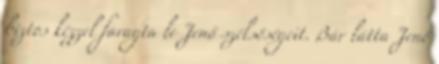
biztos kézzel faragta le Jenő szélsőségeit. Bár látta Jenő